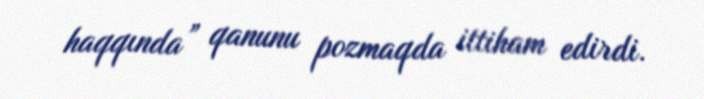
haqqında” qanunu pozmaqda ittiham edirdi.